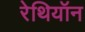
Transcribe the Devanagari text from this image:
रेथियॉन